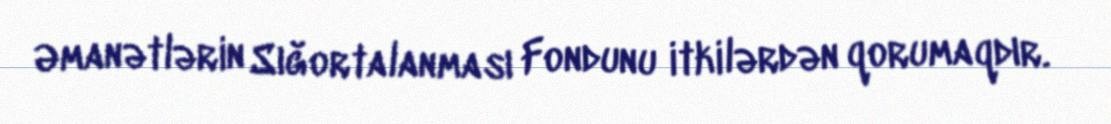
Əmanətlərin Sığortalanması Fondunu itkilərdən qorumaqdır.